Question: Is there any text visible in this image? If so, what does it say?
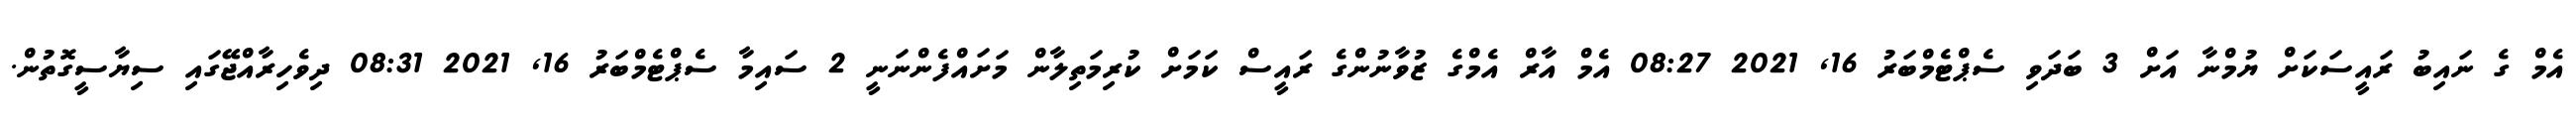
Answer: އެމް ގެ ނައިބު ރައީސަކަށް ޔުމްނާ އަށް 3 ބަދަވި ސެޕްޓެމްބަރު 16, 2021 08:27 އެމް އާރް އެމްގެ ޒުވާނުންގެ ރައީސް ކަމަށް ކުރިމަތިލާން މަށައްފެންނަނީ 2 ސައިމާ ސެޕްޓެމްބަރު 16, 2021 08:31 ދިވެހިރާއްޖޭގައި ސިޔާސީގޮތުން.